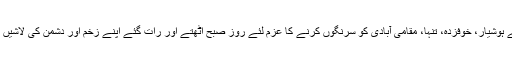
ہم اپنے خودساختہ خطرات سے ہوشیار، خوفزدہ، تنہا، مقامی آبادی کو سرنگوں کرنے کا عزم لئے روز صبح اٹھتے اور رات گئے اپنے زخم اور دشمن کی لاشیں گن کر اطمینان سے سو جاتے۔